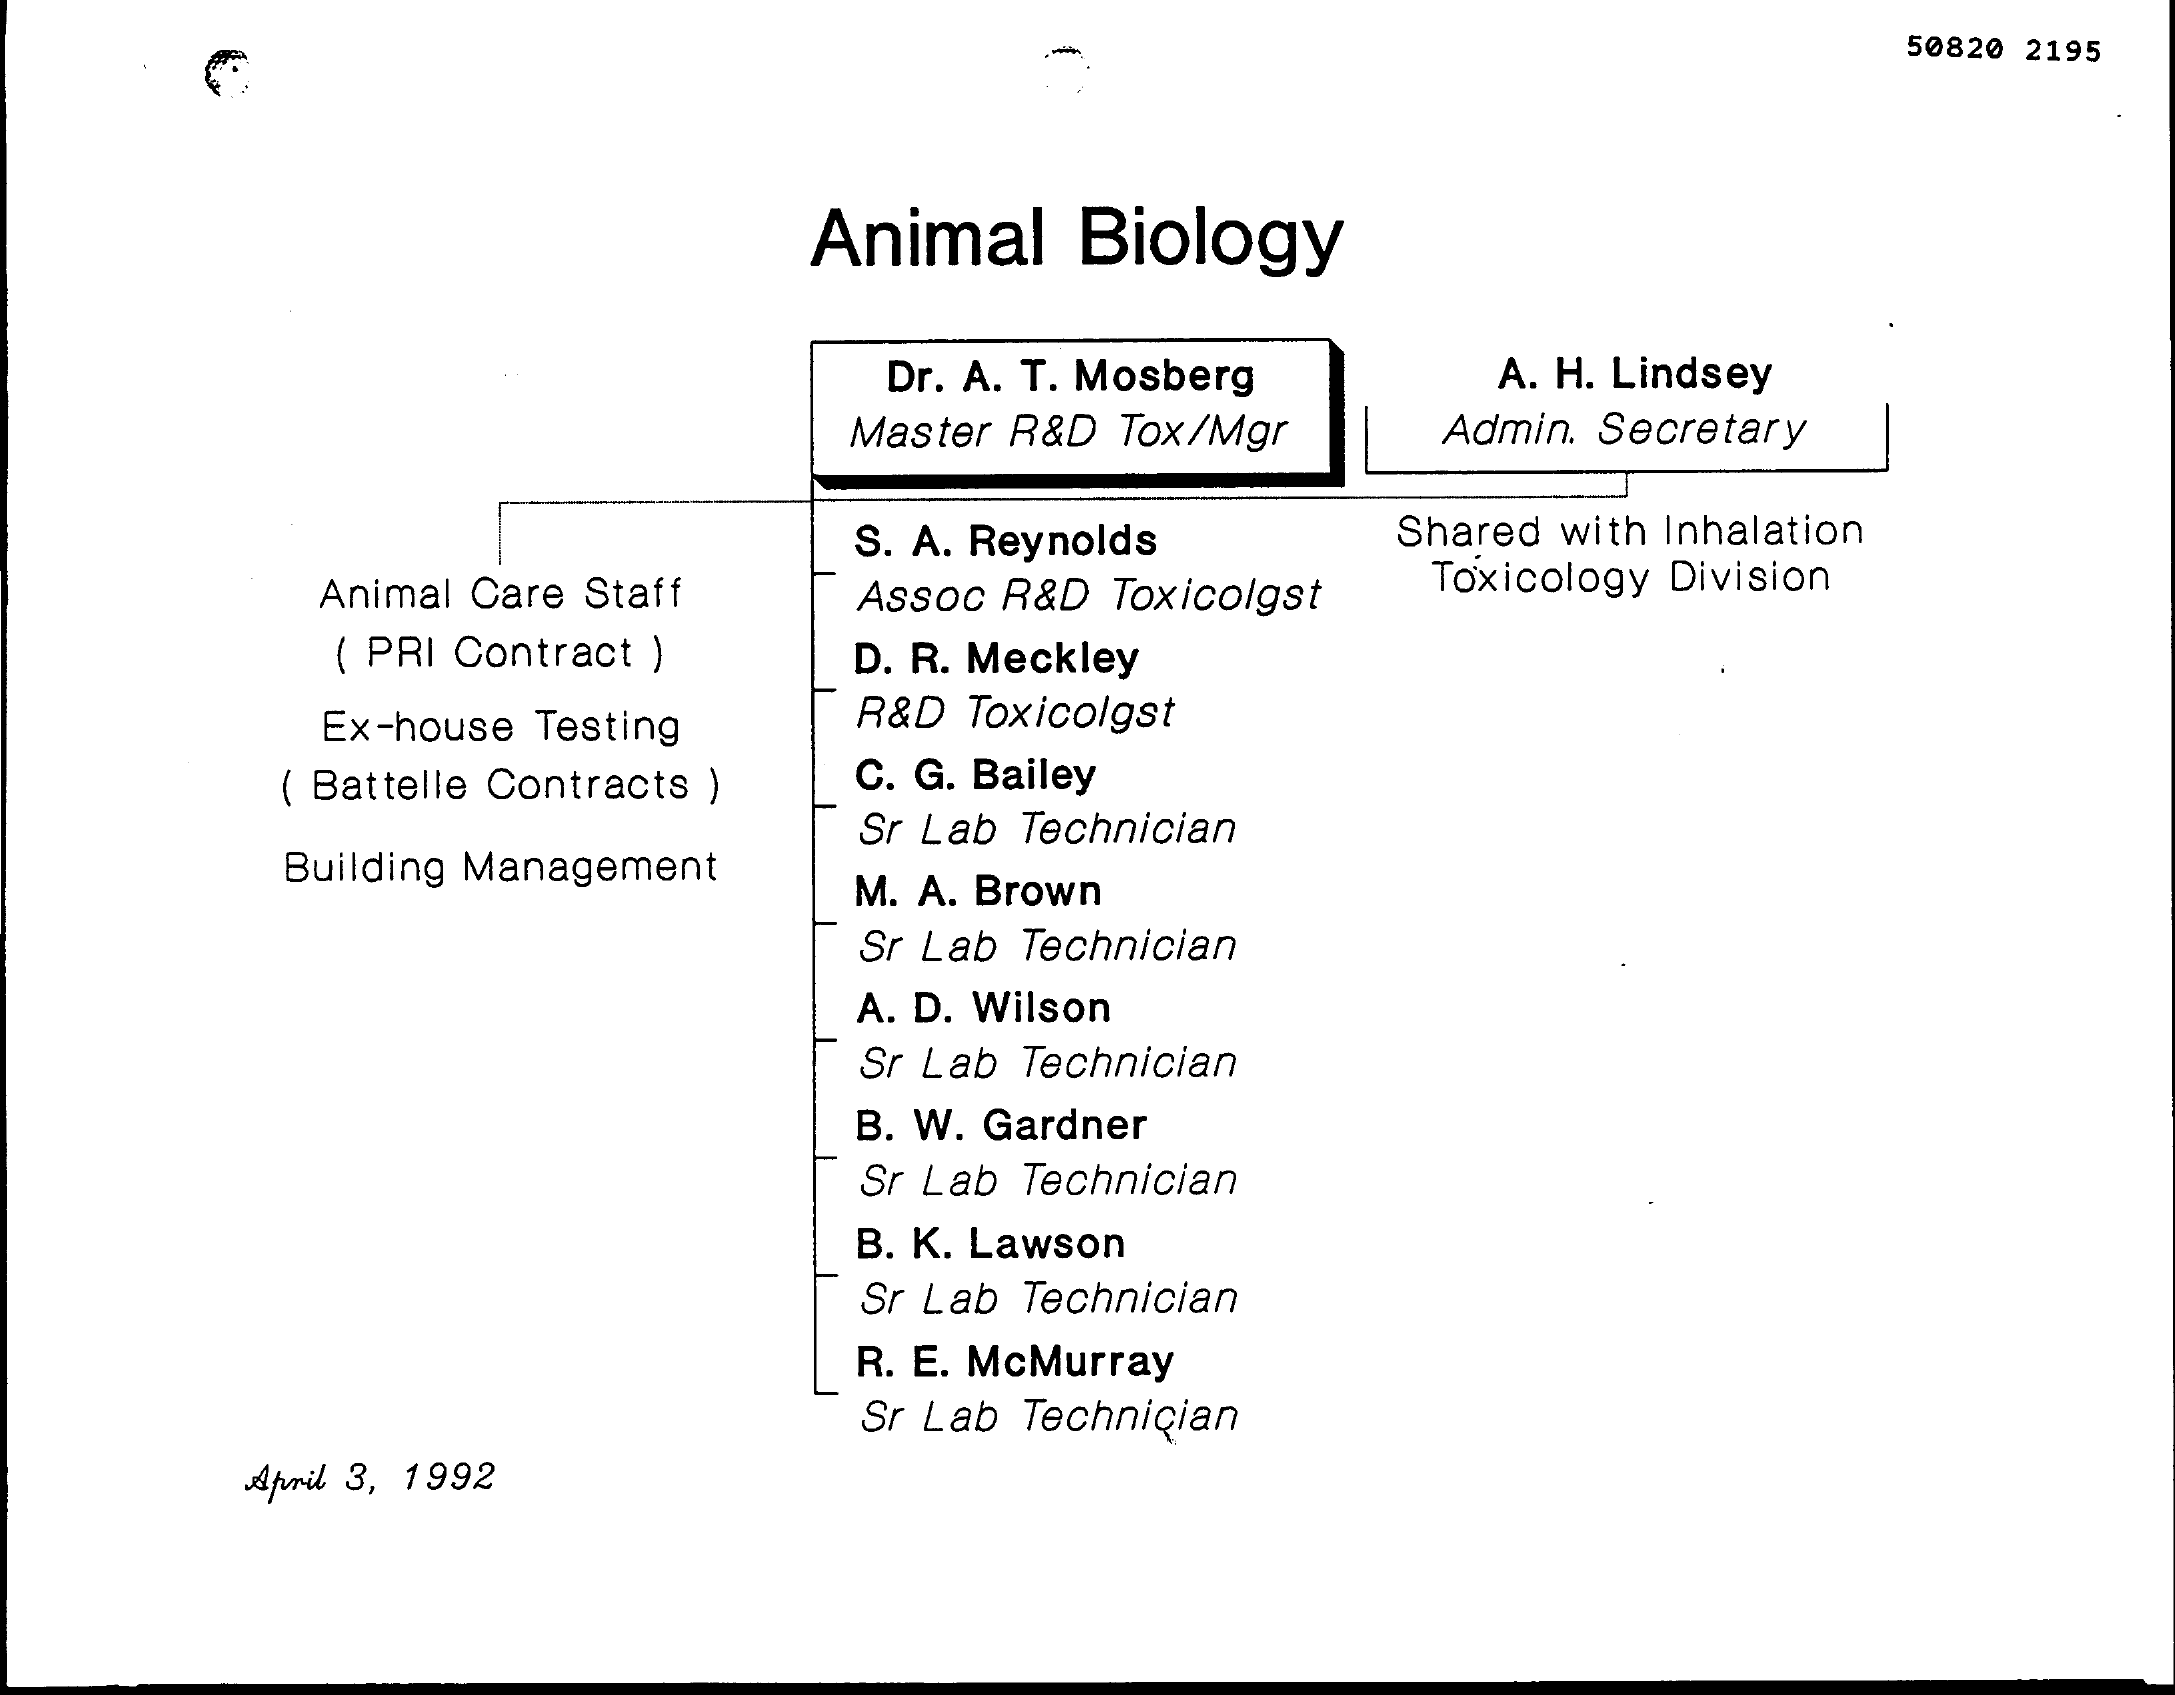
50820 2195
     Animal   Biology
     Dr. A. T. Mosberg    A. H. Lindsey
     Master R&D Tox/Mgr  Admin. Secretary
     S. A. Reynolds    Shared with Inhalation
     Animal Care Staff Assoc R&D Toxicolgst Toxicology Division
     ( PRI Contract ) D. R. Meckley
     Ex-house Testing  R&D Toxicolgst
     ( Battelle Contracts ) C. G. Bailey
     Building Management
     Sr Lab Technician
     M. A. Brown
     Sr Lab Technician
     A. D. Wilson
     Sr Lab Technician
     B. W. Gardner
     Sr Lab Technician
     B. K. Lawson
     Sr Lab Technician
     R. E. McMurray
     Sr Lab Technician
     Atmil 3, 1992